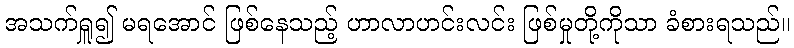
အသက်ရှူ၍ မရအောင် ဖြစ်နေသည့် ဟာလာဟင်းလင်း ဖြစ်မှုတို့ကိုသာ ခံစားရသည်။